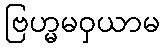
ဗြဟ္မမဝှယာမ